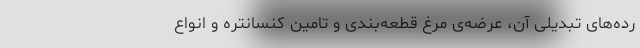
رده‌های تبدیلی آن، عرضه‌ی مرغ قطعه‌بندی و تامین کنسانتره و انواع